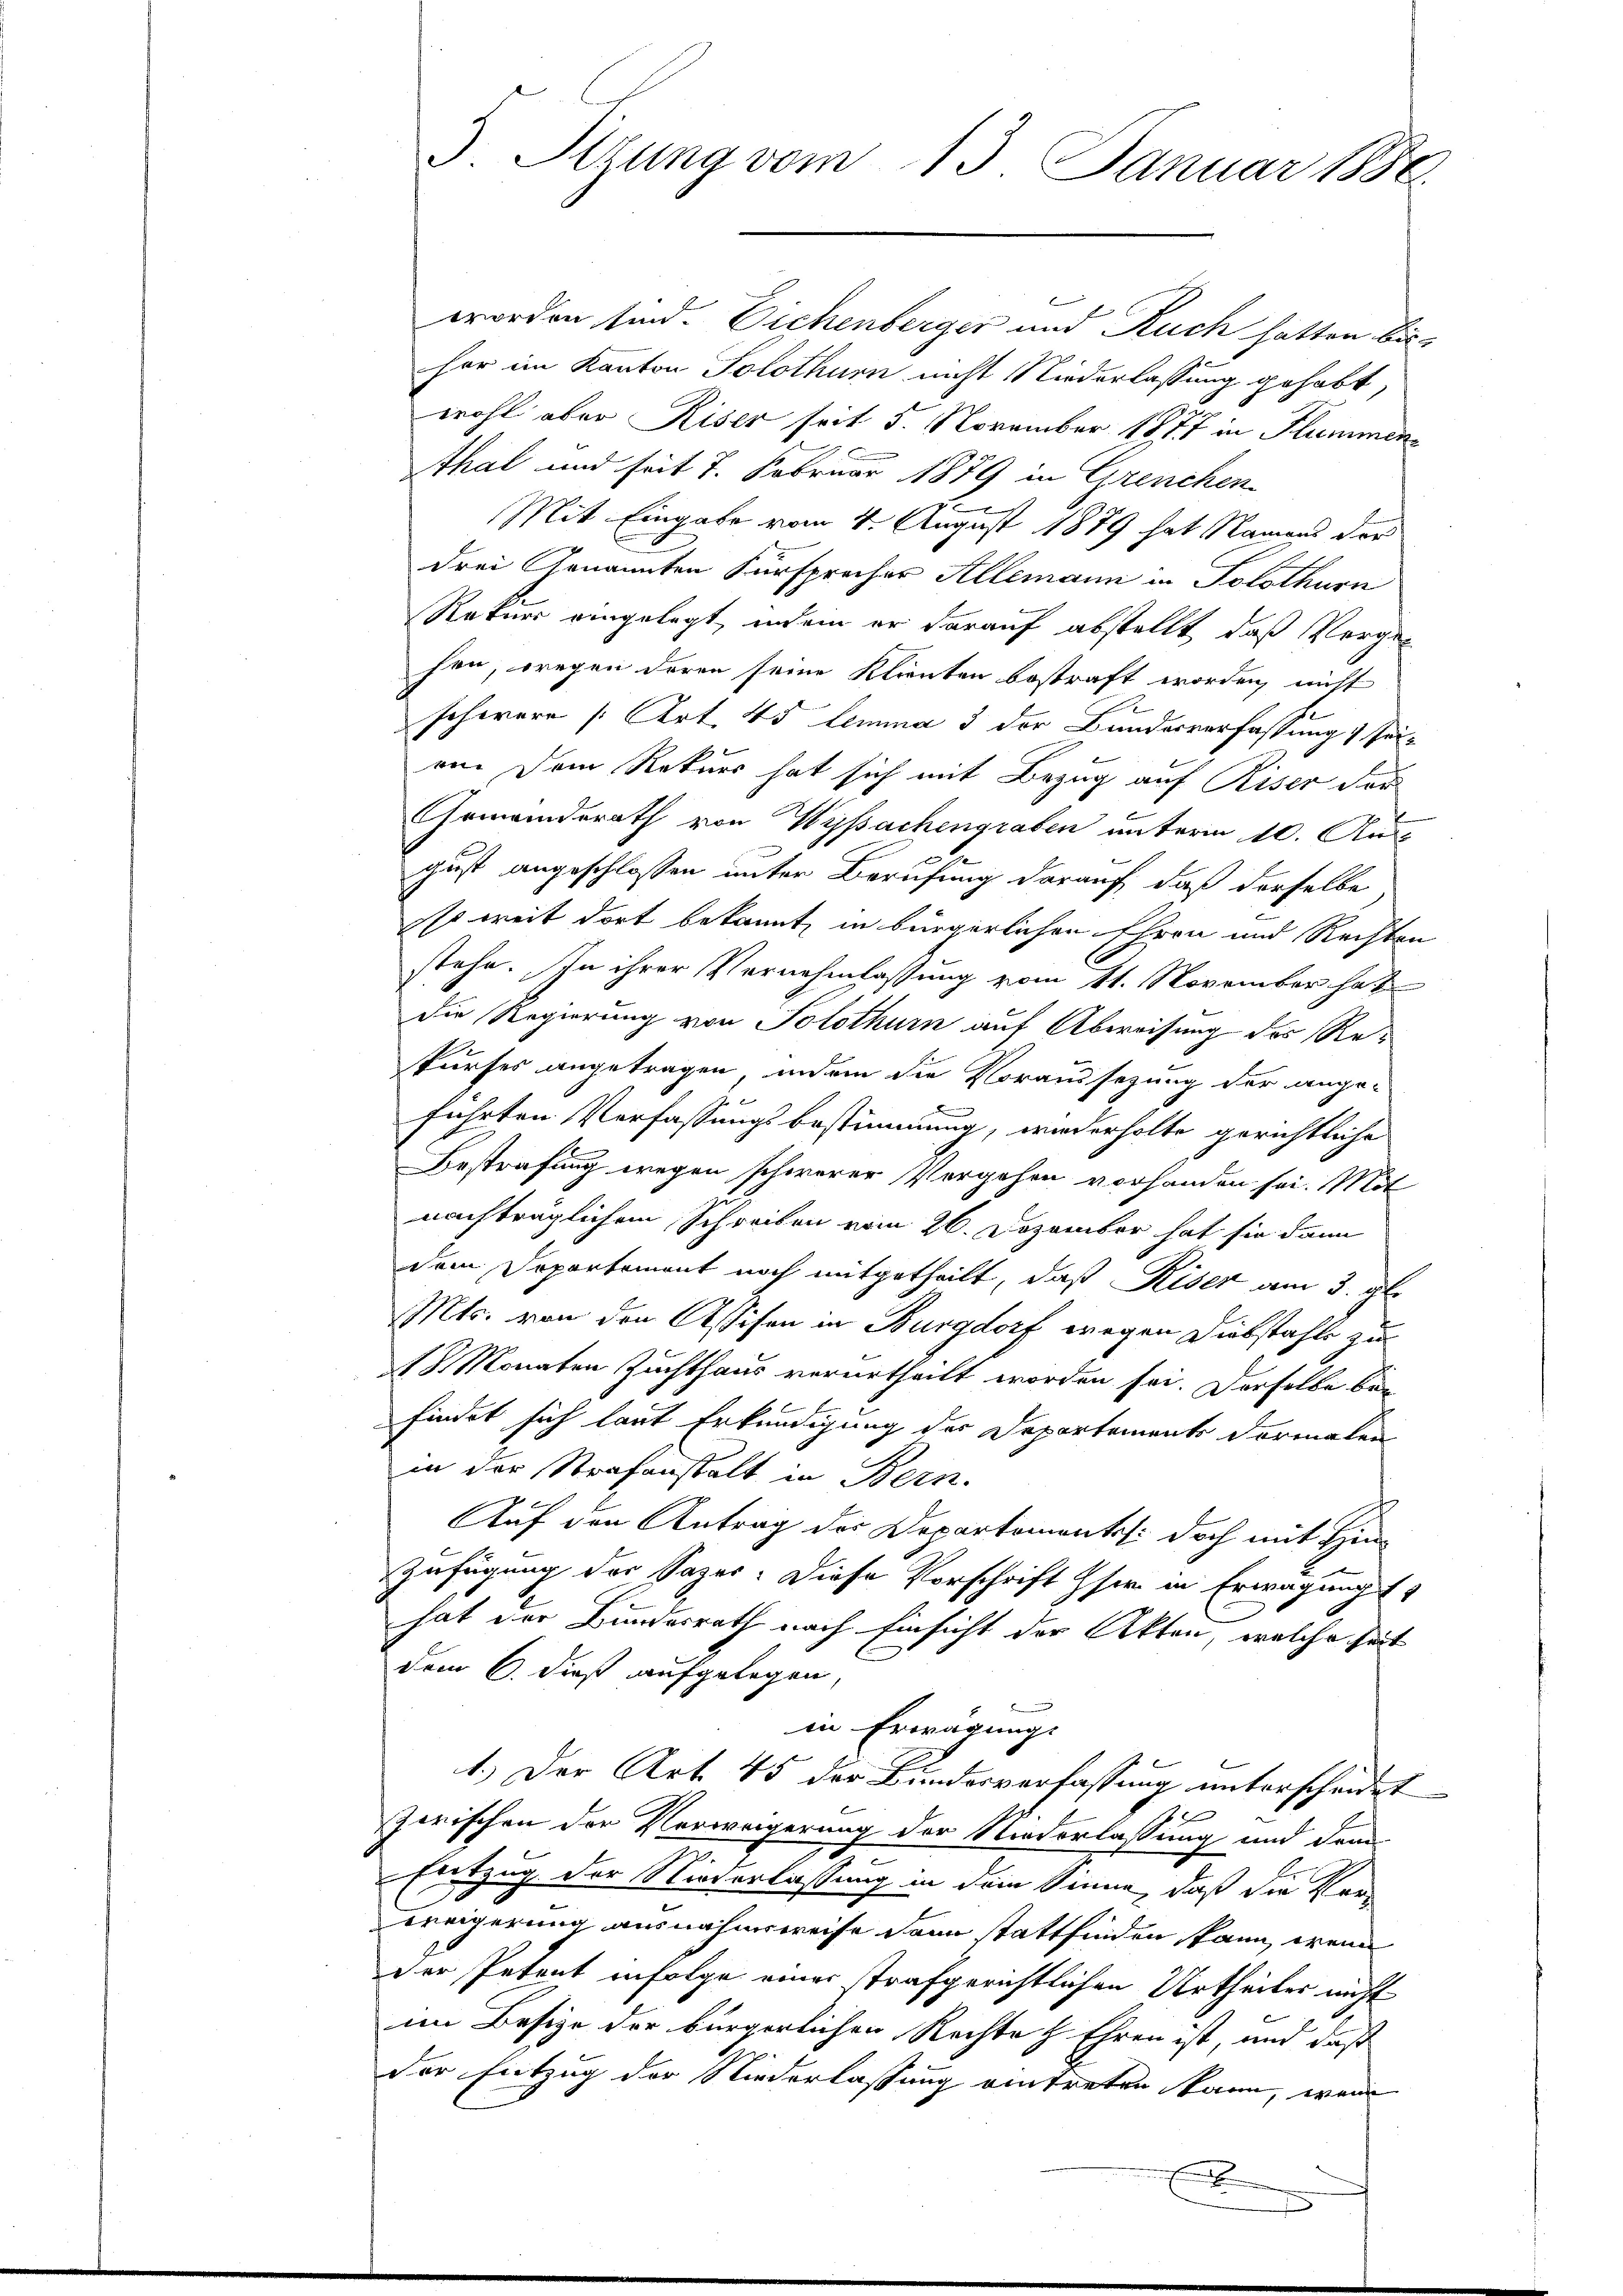
3. Sttung vom 13. Januar 1888.

worden sind. Eichenberger und Ruch hatten bisher im Kanton Solothurn nicht Niederlassung gehabt,
wohl aber Riser seit 5. November 1877 in Hummen
Thal und seit 7. Februar 1879 in Grenchen
e
Mit Eingabe vom 4. August 1879 hat Namens der
drei Genannten Fürsprecher Allemann in Solothurn
Ratur eingelegt, indem er darauf abstellt, daß Vorgen
hen, wegen deren seine Klienten bestraft worden, nicht
F
scherere [Art. 45 lemma 3 der Bunderverfassung sei-
re. Dem Rekurs hat sich mit Bezug auf Riser der
Gemeinderath von Wyssachengraben unterm 10. Aus-
gust angeschlossen unter Berufung darauf, daß derselbe
Es weit dort bekannt, in bürgerlichen Ehren und Rechten
C
stehe. In ihrer Vernehmlassung vom 11. November hat
die Regierung von Solothurn auf Abweisung des Rekurses angetragen, indem die Voraussezung der ange-
führten Verfassungsbestimmung, wiederholte gerichtliche
Bestrafung wegen schwerer Vergehen vorhanden sei. Mit
nachträglichem Schreiben vom 26. Dezember hat sie dann
dem Departement noch mitgetheilt, daß Riser am 3. gl.
Mts. von den Assisen in Burgdorf wegen Diebstahls zu
13 Monaten Zuchthaus verurtheilt worden sei. Derselbe befindet sich laut Erkundigung der Departements dormalen
in der Strafenstalt in Bern.
Auf den Antrag der Departementes: doch mit Hin¬
Zufügung der Sager. Diese Vorschrift her in Erwägung
hat der Bundesrath nach Einsicht der Akten, welche seit
dem 6. dieß aufgelegen,
in Erwägung.
1.) Der Art. 45 der Bundesverfassung unterscheidet
Zwischen der Verweigerung der Niederlassung und dem
m
Entzug der Nieverlassung in dem Sinne, daß die Ver-
weigerung ausnahmsweise dann stattfinden kann, wenn
der Petent infolge einer trafgerichtlichen Urtheiler nicht
im Besize der bürgerlichen Rechte & Ehren ist, und daß
der Entzug der Niederlassung eintreten kann, wenn